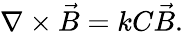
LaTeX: \nabla\times\vec{B}=kC\vec{B}.